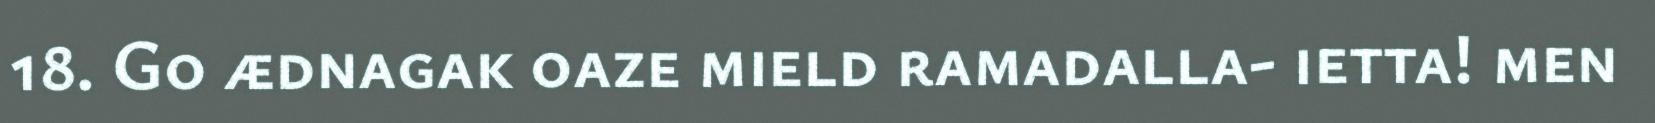
18. Go ædnagak oaze mield ramadalla- ietta! men